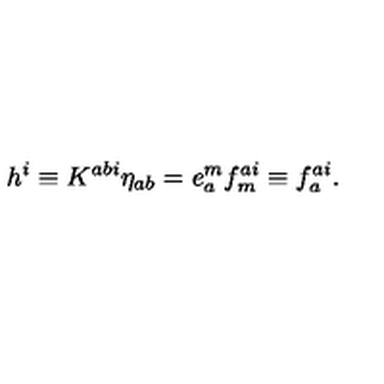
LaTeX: h ^ { i } \equiv K ^ { a b i } \eta _ { a b } = e _ { a } ^ { m } f _ { m } ^ { a i } \equiv f _ { a } ^ { a i } .